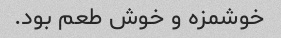
خوشمزه و خوش طعم بود.